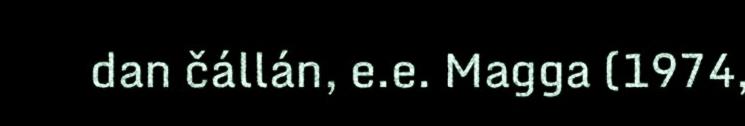
dan čállán, e.e. Magga (1974,